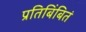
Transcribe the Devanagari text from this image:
प्रतिबिंबितं